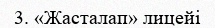
3. «Жасталап» лицейі